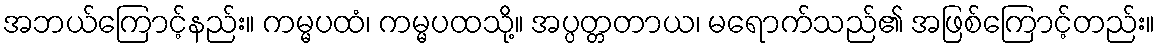
အဘယ်ကြောင့်နည်း။ ကမ္မပထံ၊ ကမ္မပထသို့။ အပ္ပတ္တတာယ၊ မရောက်သည်၏ အဖြစ်ကြောင့်တည်း။